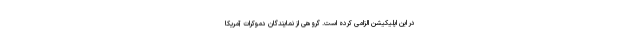
در این اپلیکیشن الزامی کرده است. گروهی از نمایندگان دموکرات آمریکا